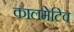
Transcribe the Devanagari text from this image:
कालमेटिव